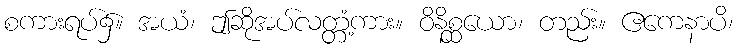
စကားရပ်၌။ အယံ၊ ဤဆိုအပ်လတ္တံ့ကား။ ဝိနိစ္ဆယော၊ တည်း။ ဧကေနာပိ၊